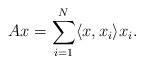
LaTeX: \begin{align*}A x = \sum_{i=1}^N \langle x,x_i \rangle x_i.\end{align*}